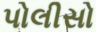
પોલીસો